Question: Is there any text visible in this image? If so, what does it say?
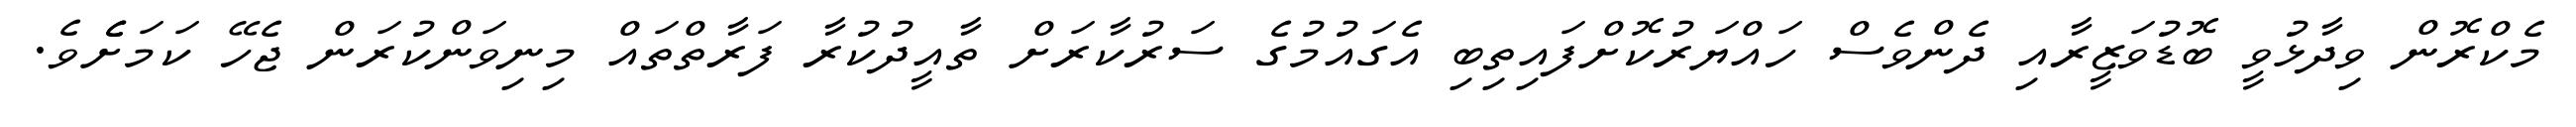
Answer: މެކްރޮން ވިދާޅުވީ ބޮޑުވަޒީރާއި ދެންވެސް ހައްޔަރުކޮށްފައިތިބި އެގައުމުގެ ސަރުކާރަށް ތާއީދުކުރާ ފަރާތްތައް މިނިވަންކުރަން ޖެހޭ ކަމަށެެވެ.